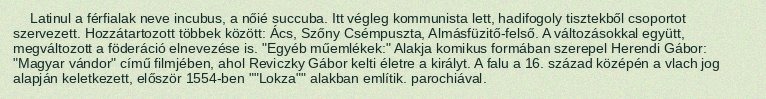
Latinul a férfialak neve incubus, a nőié succuba. Itt végleg kommunista lett, hadifogoly tisztekből csoportot szervezett. Hozzátartozott többek között: Ács, Szőny Csémpuszta, Almásfüzitő-felső. A változásokkal együtt, megváltozott a föderáció elnevezése is. "Egyéb műemlékek:" Alakja komikus formában szerepel Herendi Gábor: "Magyar vándor" című filmjében, ahol Reviczky Gábor kelti életre a királyt. A falu a 16. század középén a vlach jog alapján keletkezett, először 1554-ben ""Lokza"" alakban említik. parochiával.